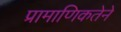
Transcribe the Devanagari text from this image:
प्रामाणिकतेने